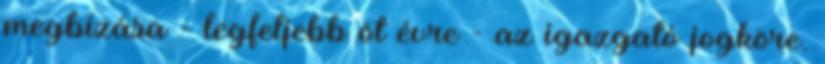
megbízása - legfeljebb öt évre - az igazgató jogköre.